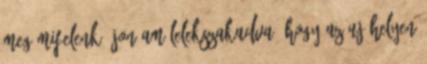
meg mifelenk: jon am lelekszakadva, hogy az uj helyen